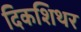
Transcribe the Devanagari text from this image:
दिकशिथर